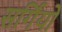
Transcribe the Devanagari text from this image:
सर्गियो